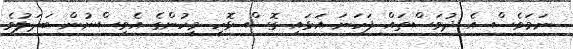
ނަމަވެސް އެ ދުވަސްތައް ފަހަނަ އަޅައި ގޮސް ޅޮހީ މީހުންގެ އެވިސްނުން ބަދަލުވެ